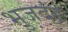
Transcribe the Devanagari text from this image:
भुजदंड